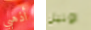
أذهبي اونيل